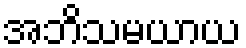
အဘိသမယာယ